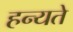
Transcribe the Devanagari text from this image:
हन्यते